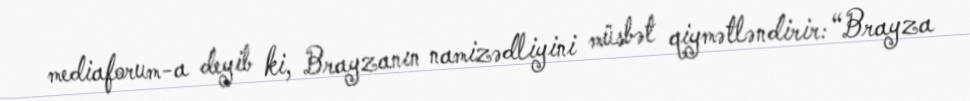
mediaforum-a deyib ki, Brayzanın namizədliyini müsbət qiymətləndirir: “Brayza